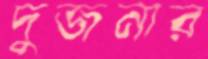
দুজনার